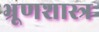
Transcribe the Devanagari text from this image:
भ्रूणशास्त्र